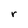
Character: r